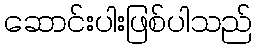
ဆောင်းပါးဖြစ်ပါသည်